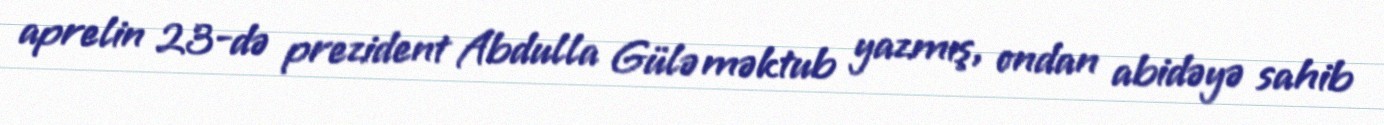
aprelin 23-də prezident Abdulla Gülə məktub yazmış, ondan abidəyə sahib